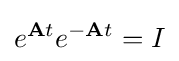
e^{{\textbf {A}}t}e^{-{\textbf {A}}t}=I